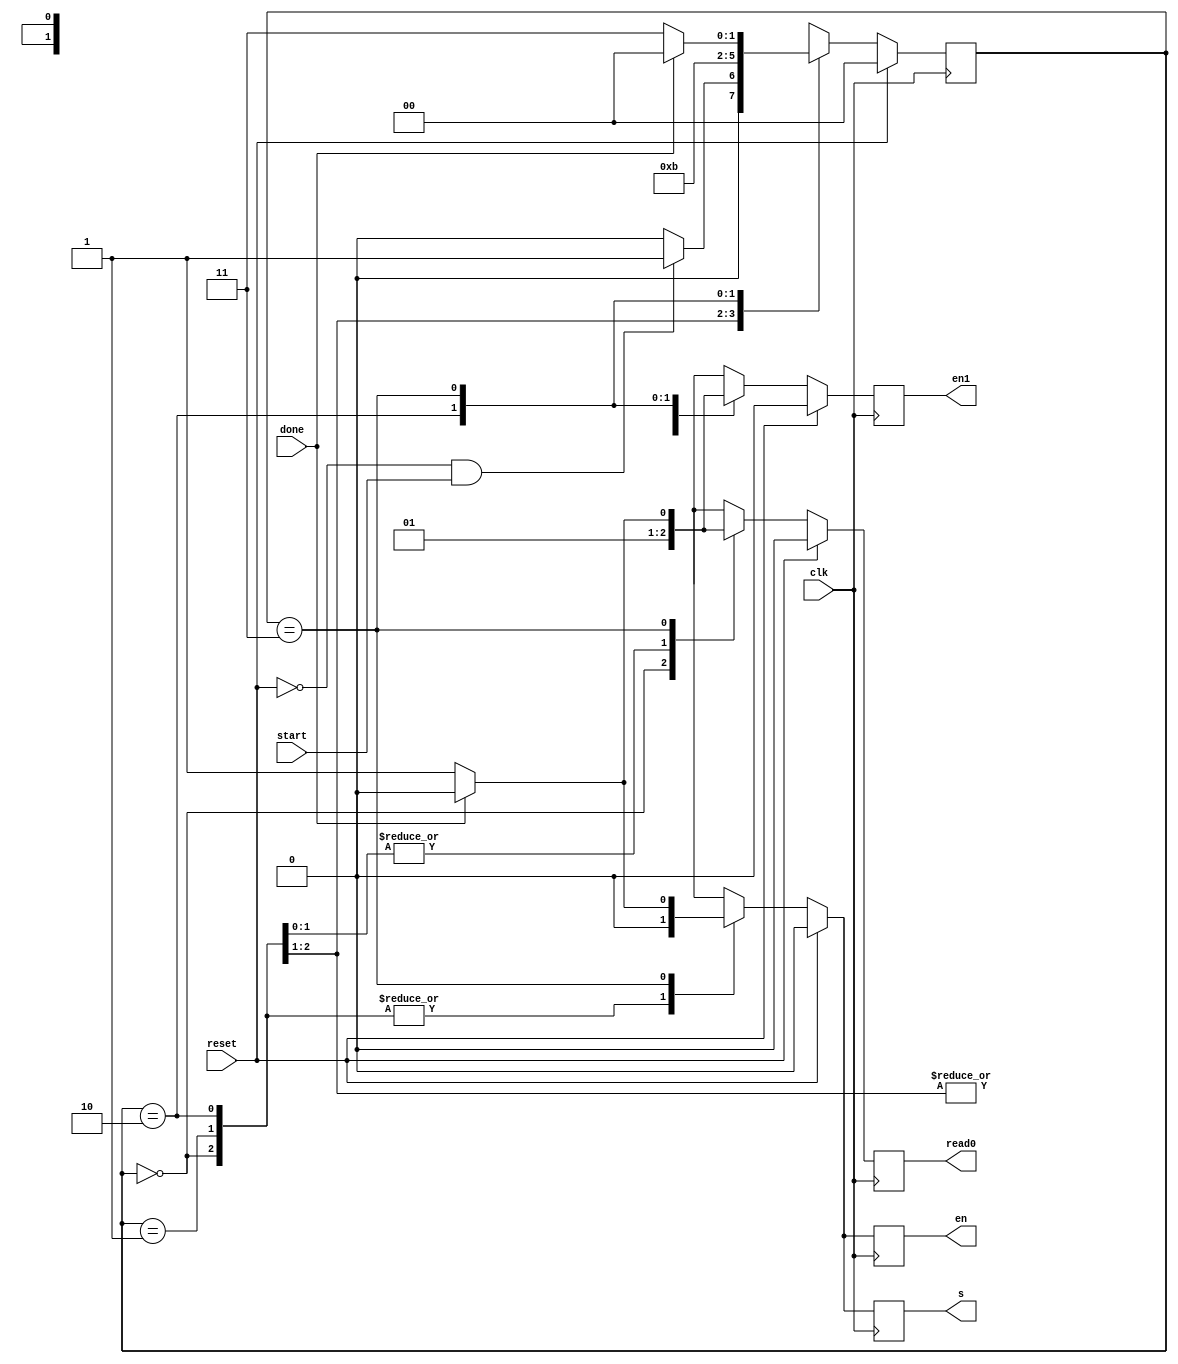
module controller_fsm_stream_I(clk,en,done,
                      reset,start,
                      read0,s,en1);
                     
                     
                     


input clk,reset,done,start;



output reg read0,s,en,en1;

reg read0_temp,s_temp,en_temp,en1_temp;
reg [1:0] pre_state,next_state;

parameter IDLE  =  2'b00;
parameter S1    =  2'b01;
parameter S2    =  2'b10;
parameter S3    =  2'b11;






//Present state logic
always @ (posedge clk )
begin

  if(reset)
    begin
      pre_state<= IDLE;
    end
  // Else if there is no reset then assign the present_state as next_state
  else
    begin
      pre_state<=next_state;
    end
end

always @(*)
begin
  case(pre_state)

    IDLE:begin
         if(!reset & start)  
           next_state=S1;
         else
           next_state=IDLE;
       end
   
    S1:begin       
//         read0=1;
         next_state=S2;
       end

    S2:begin
//         s=0;
       
//         en1=1;
         next_state=S3;
       end

    S3:begin
//         s=1;
//         en=1;
         if(done)
         begin
          next_state=IDLE;
//          en1=0;
         end
         else
          next_state=S3;
       end

    default: next_state=IDLE;
endcase

end

//temporary output logic
always@(*)
begin
  case(pre_state)
  IDLE:begin
         read0_temp=0;
         en_temp=0;
         en1_temp=0;
         s_temp=0; 
       end
  S1:begin       
      read0_temp=1;
      en_temp=0;
      en1_temp=0;
      s_temp=0; 
     end

  S2:begin
      en1_temp=1;
      read0_temp=1;
      en_temp=0;
      s_temp=0; 
     end

  S3:begin
      s_temp=1;
      en_temp=1;
      read0_temp=1;;
      en1_temp=1; 
       if(done)
         begin
           en1_temp=0;
           read0_temp=0;
           en_temp=0;
           s_temp=0; 
         end
     end
    default: begin
       read0_temp = 0;
       en_temp = 0;
       en1_temp = 0;
       s_temp = 0;
     end
endcase

end

//output logic
always@(posedge clk)
begin
  if(reset)
    begin
      read0<=0;
      en<=0;
      en1<=0;
      s<=0; 
    end
    else
      begin
        read0<=read0_temp;
        en<=en_temp;
        en1<=en1_temp;
        s<=s_temp;      
      end
end

endmodule